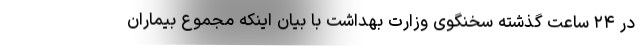
در ۲۴ ساعت گذشته سخنگوی وزارت بهداشت با بیان اینکه مجموع بیماران